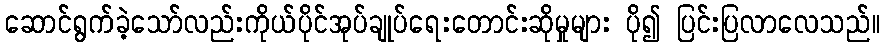
ဆောင်ရွက်ခဲ့သော်လည်းကိုယ်ပိုင်အုပ်ချုပ်ရေးတောင်းဆိုမှုများ ပို၍ ပြင်းပြလာလေသည်။